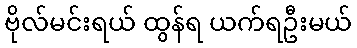
ဗိုလ်မင်းရယ် ထွန်ရ ယက်ရဦးမယ်